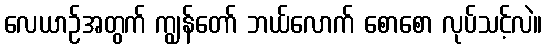
လေယာဉ်အတွက် ကျွန်တော် ဘယ်လောက် စောစော လုပ်သင့်လဲ။